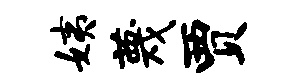
姨蔑贾